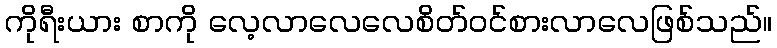
ကိုရီးယား စာကို လေ့လာလေလေစိတ်ဝင်စားလာလေဖြစ်သည်။